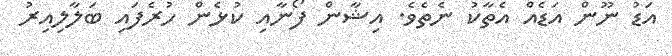
އަޑު ނޫން އަޑެއް އެތާކު ނެތެވެ. އިޝާން ފޯނާއި ކުޅެން ހުރެފައި ބަލާލިއިރު